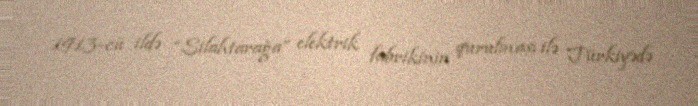
1913-cü ildə “Silahtarağa” elektrik fabrikinin qurulması ilə Türkiyədə